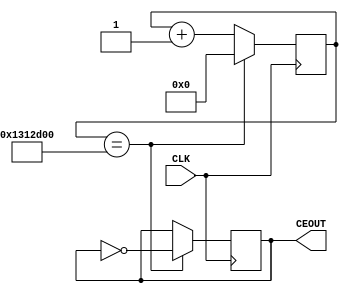
`timescale 1ns / 1ps
//////////////////////////////////////////////////////////////////////////////////
// Company: 
// Engineer: 
// 
// Design Name: 
// Module Name:    DividerForCounter 
// Project Name: 
// Target Devices: 
// Tool versions: 
// Description: 
//
// Dependencies: 
//
// Revision: 
// Revision 0.01 - File Created
// Additional Comments: 
//
//////////////////////////////////////////////////////////////////////////////////
module DividerForCounter(CLK, CEOUT);
	input CLK;
	output CEOUT;
	reg [25:0] CNT = 26'b00_0000_0000_0000_0000_0000_0000;
	reg CEOUT = 1'b0;
	
	always @(posedge CLK)
	begin 
		if(CNT == 20000000)
		begin 
			CEOUT <= ~CEOUT;
			CNT <= 26'b00_0000_0000_0000_0000_0000_0000;
		end
		else
		begin
			CNT <= CNT + 26'b00_0000_0000_0000_0000_0000_0001;
		end
	end
	
endmodule